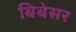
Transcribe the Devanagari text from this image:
बिबेसर